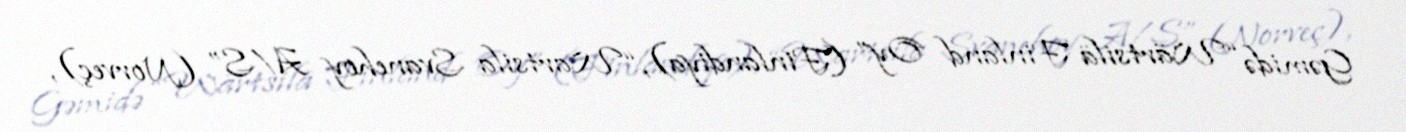
Gəmidə “Wärtsilä Finland Oy” (Finlandiya), “Wartsila Svanehoy A/S” (Norveç),